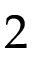
2